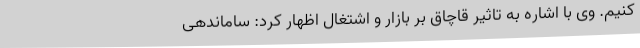
کنیم. وی با اشاره به تاثیر قاچاق بر بازار و اشتغال اظهار کرد: ساماندهی